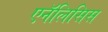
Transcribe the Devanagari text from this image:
एनॅलिसिस